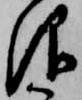
仰